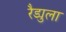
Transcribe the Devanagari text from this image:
रैड्युला